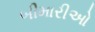
બીમારીઓ